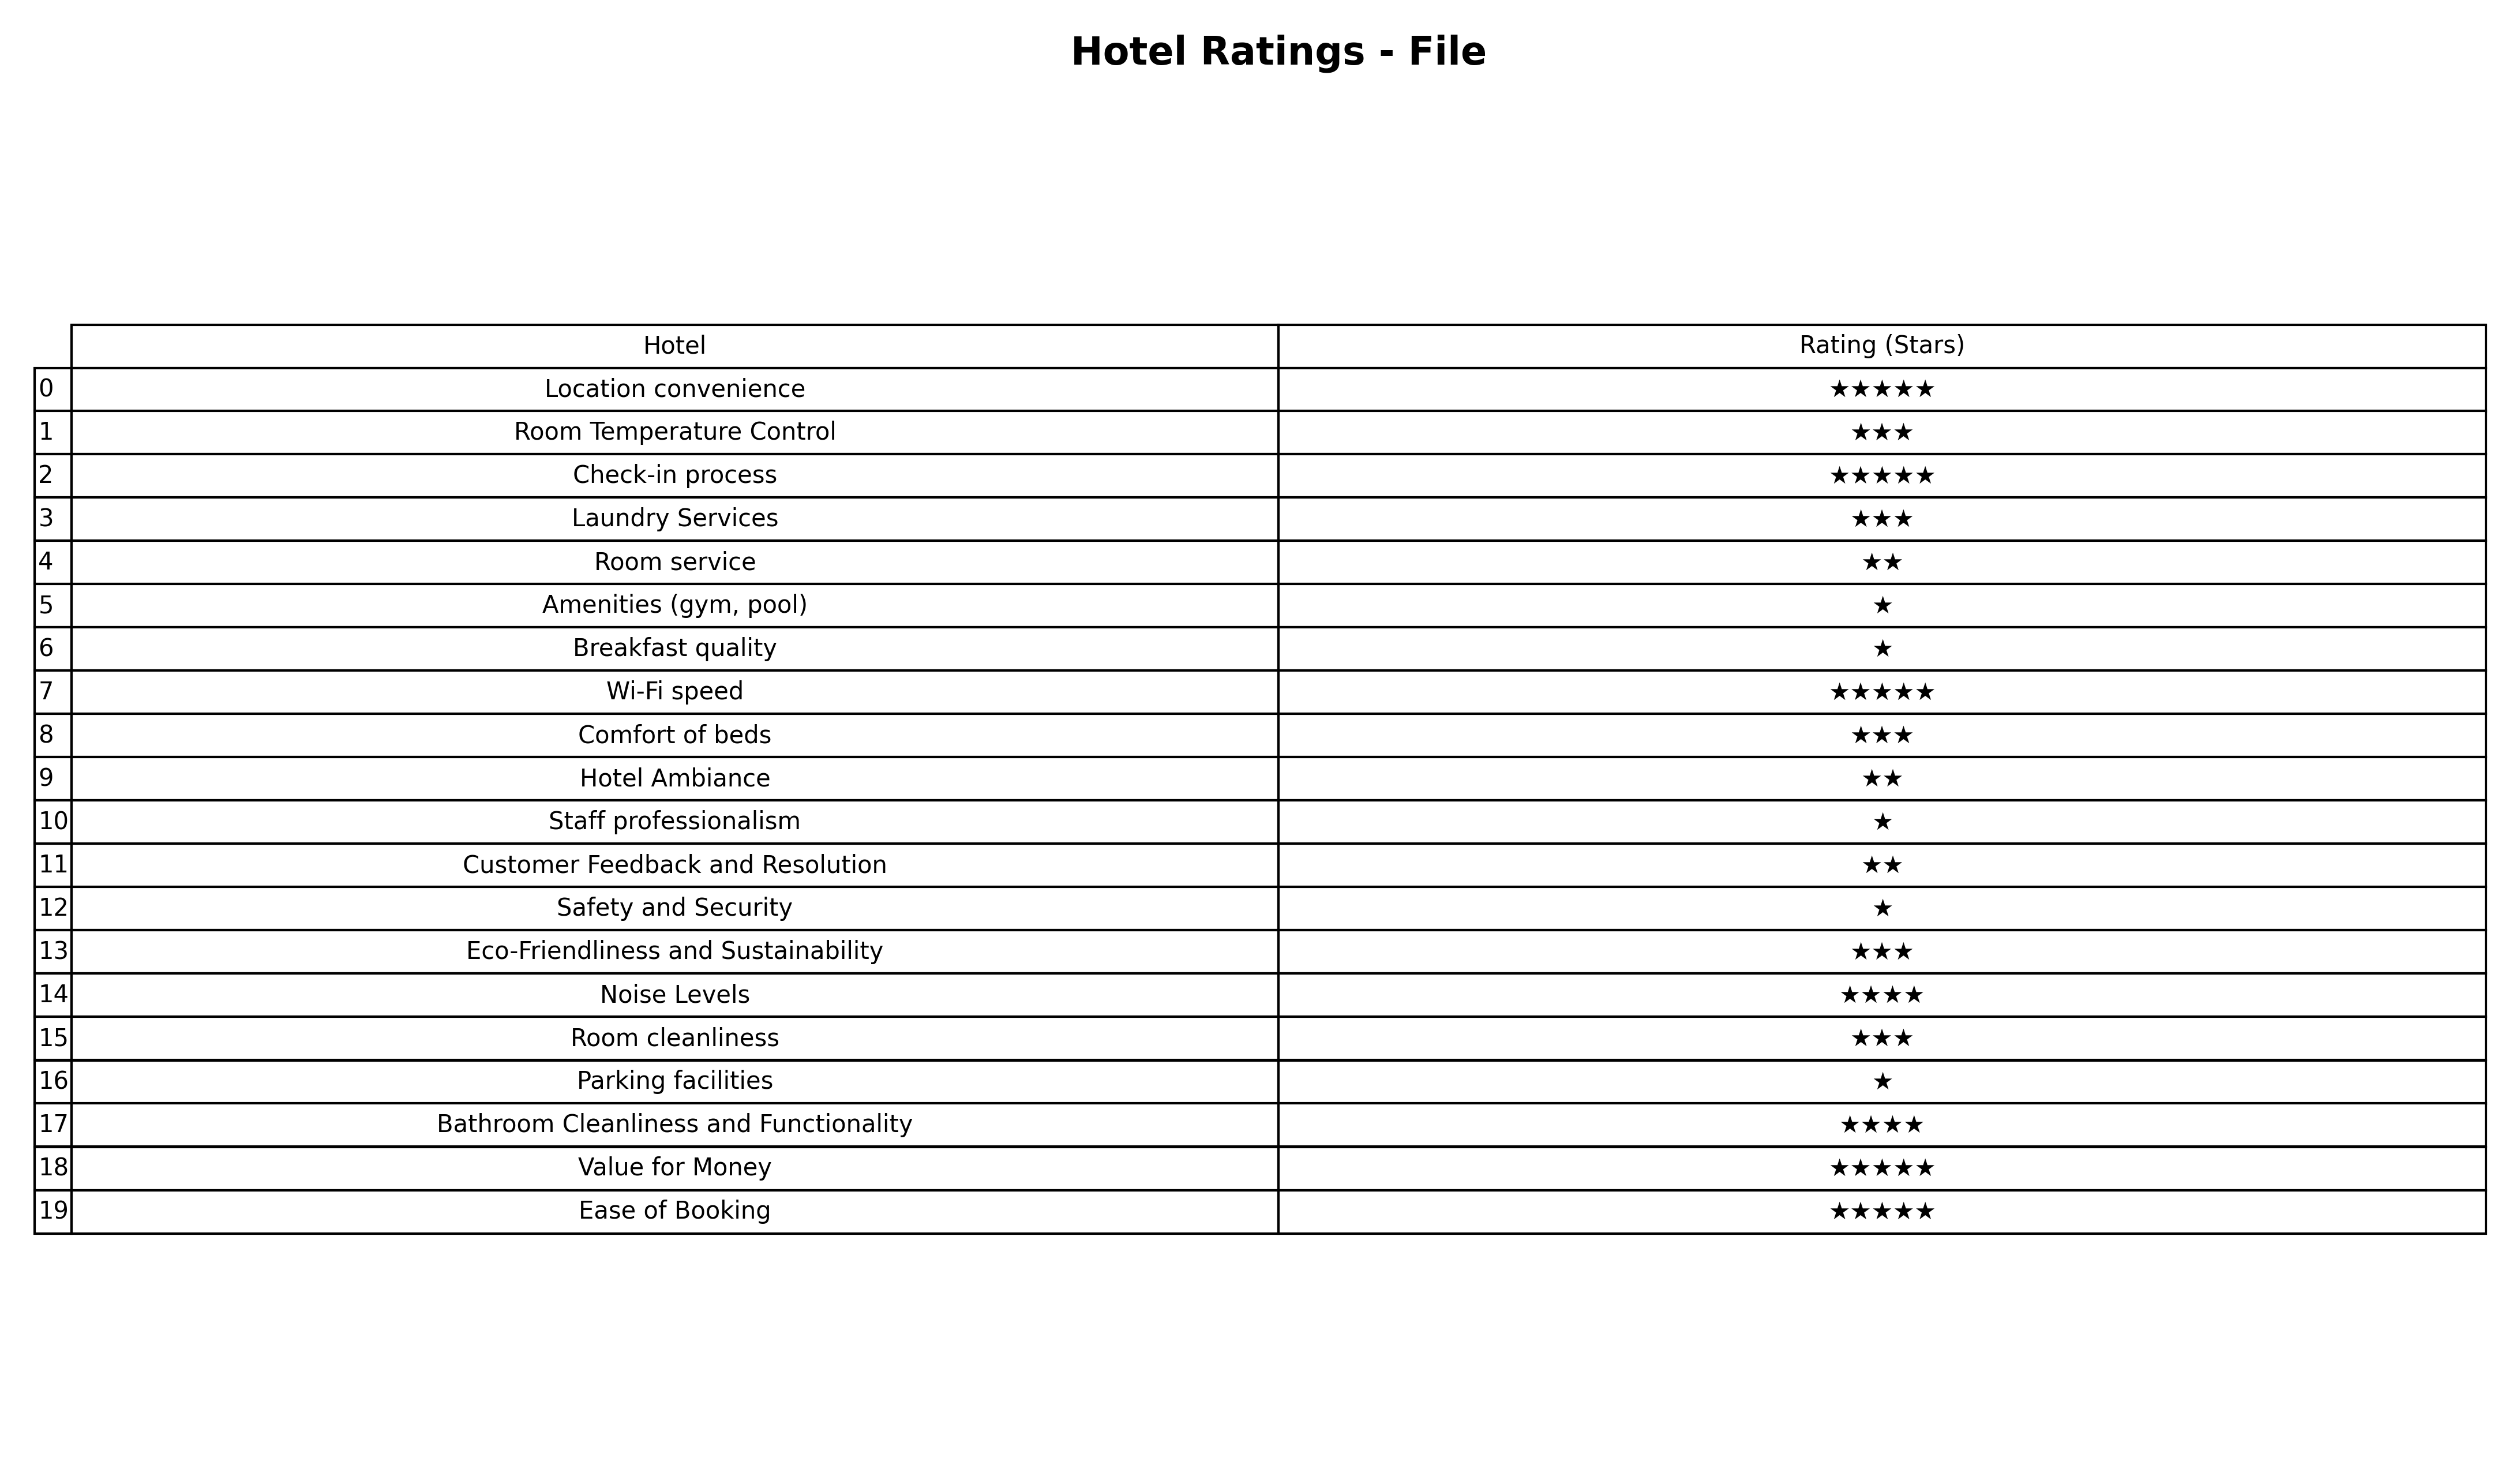
question: What is the rating of Bathroom Cleanliness and Functionality?
answer: ★★★★